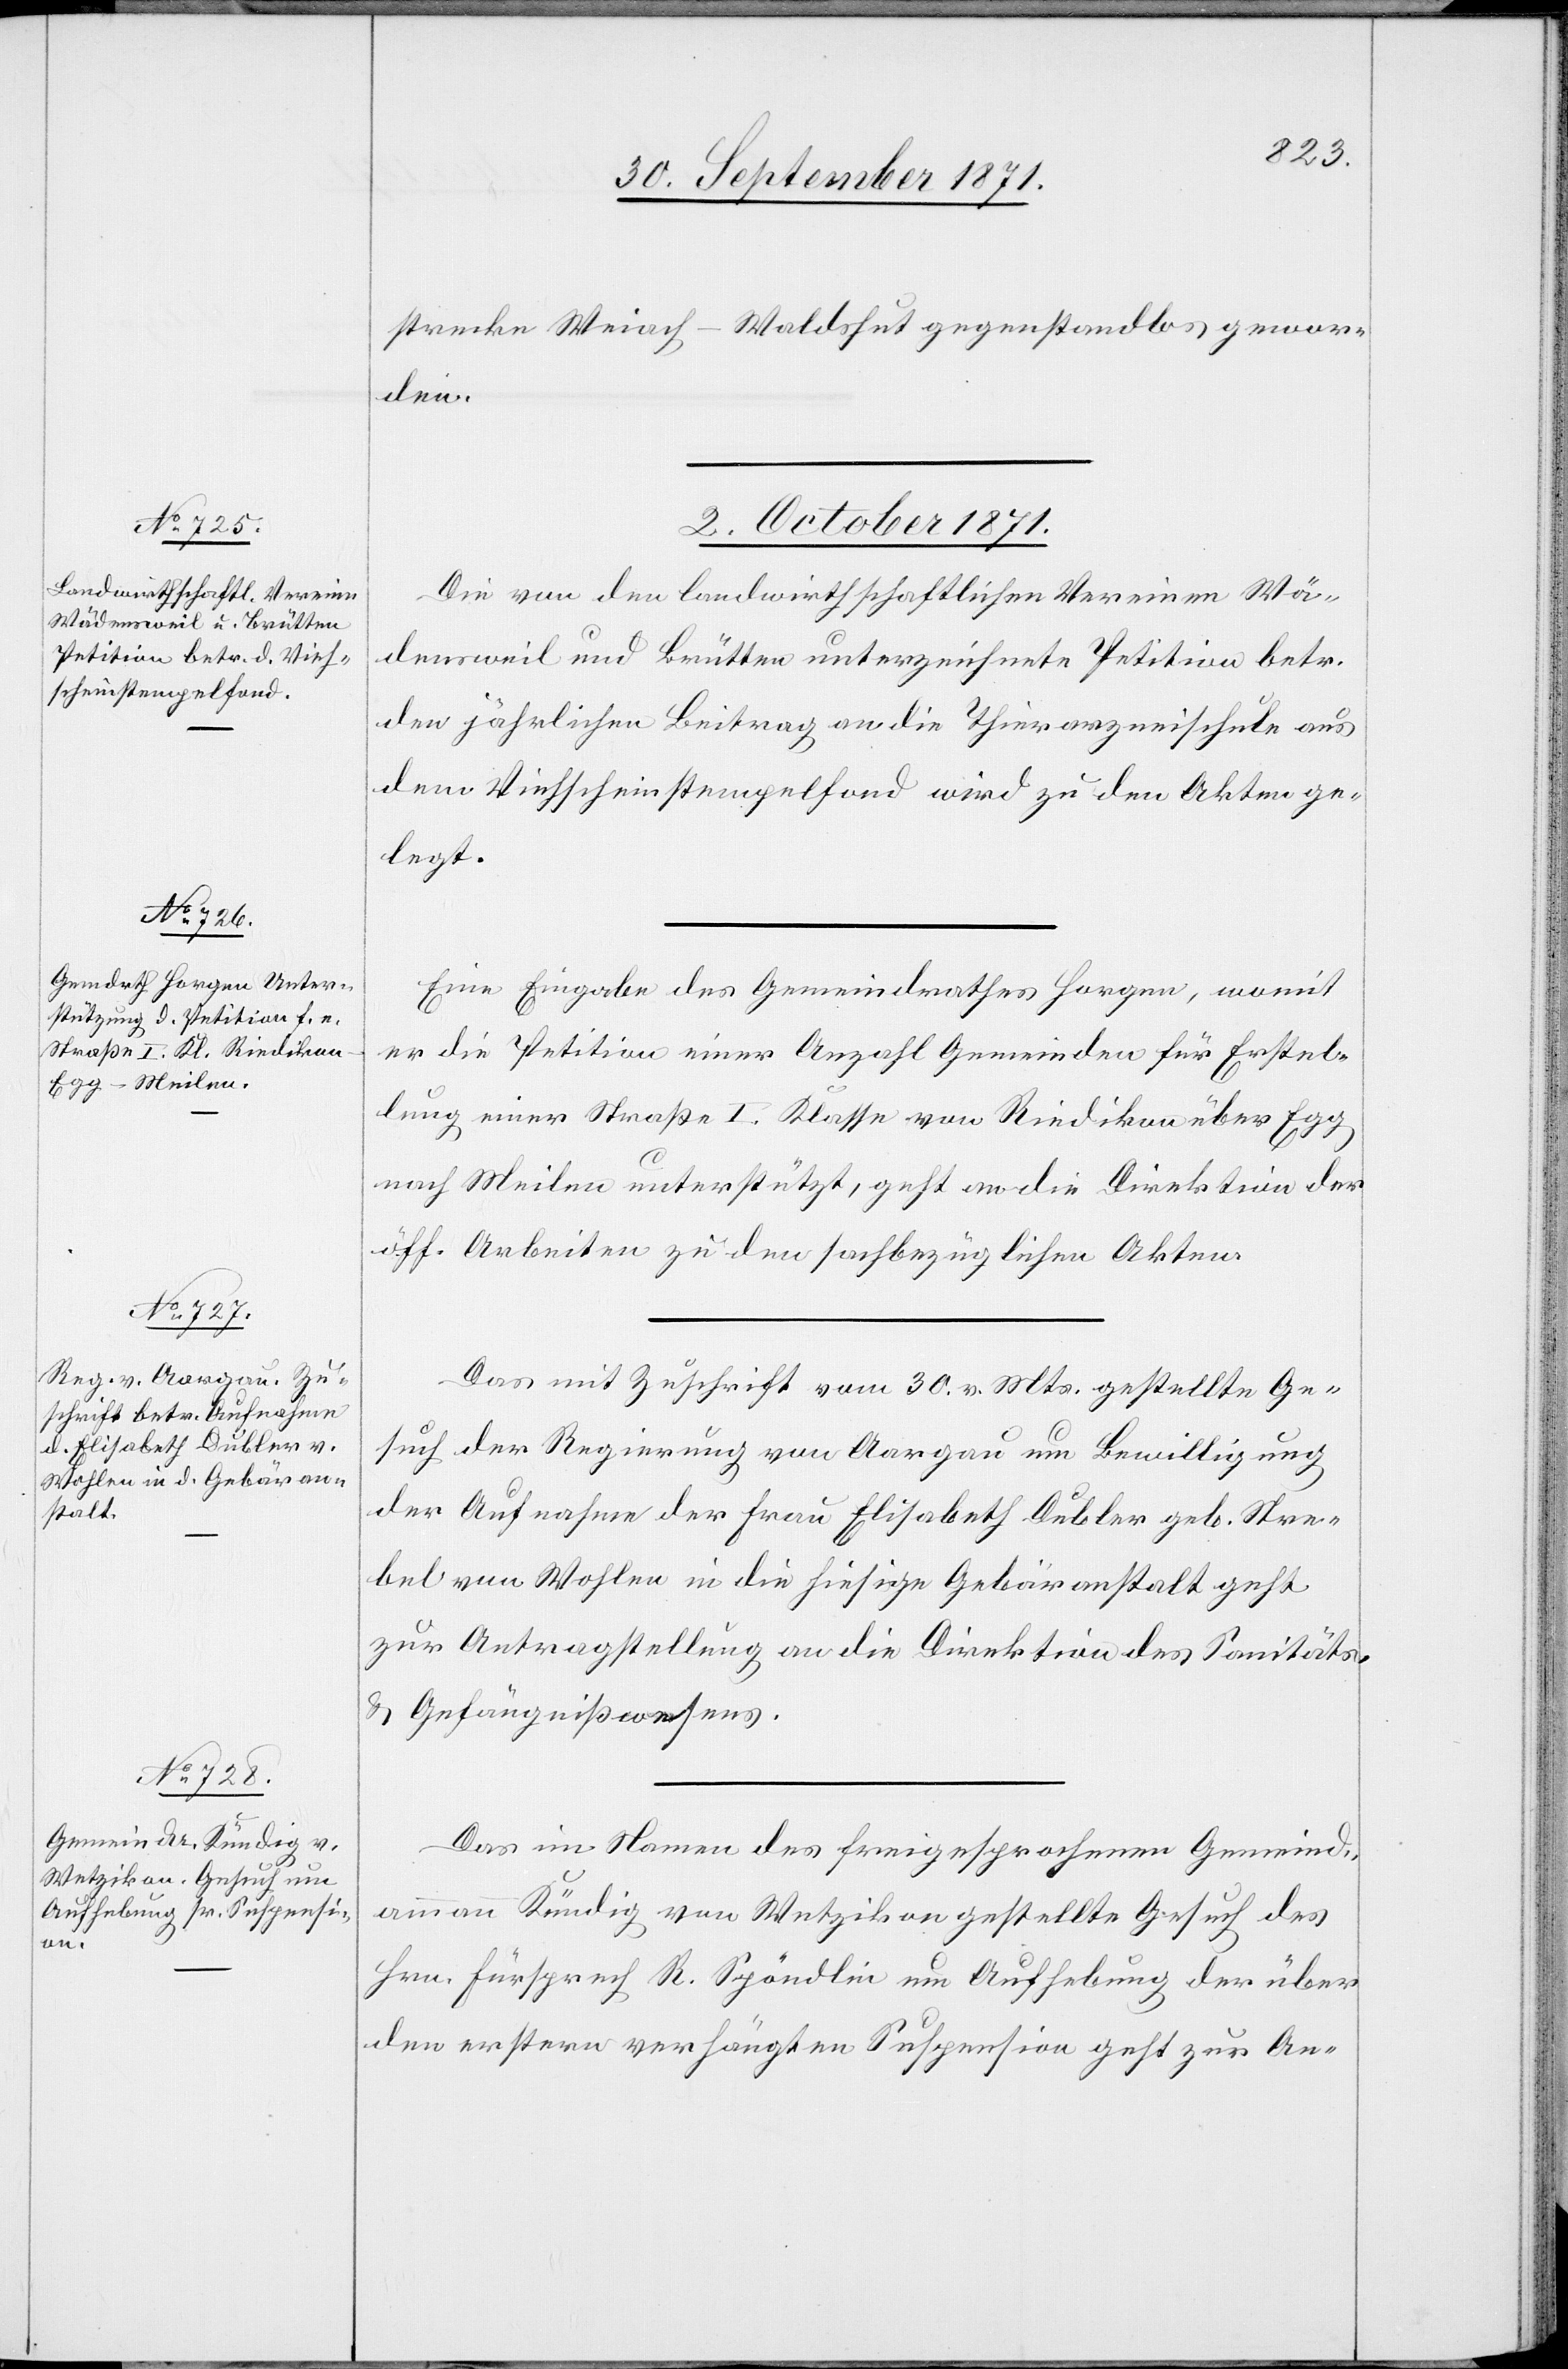
strecke Weiach–Waldshut gegenstandlos gewor¬
den.
2. October 1871.]
Die von den landwirthschaftlichen Vereinen Wä¬
densweil und Brütten unterzeichnete Petition betr.
den jährlichen Beitrag an die Thierarzneischule aus
dem Viehscheinstempelfond wird zu den Akten ge¬
legt.
Eine Eingabe des Gemeindrathes Horgen, womit
er die Petition einer Anzahl Gemeinden für Erstel¬
lung einer Straße I. Klasse von Riedikon über Egg
nach Meilen unterstützt, geht an die Direktion der
öff. Arbeiten zu den sachbezüglichen Akten.
Das mit Zuschrift vom 30. v. Mts. gestellte Ge¬
such der Regierung von Aargau um Bewilligung
der Aufnahme der Frau Elisabeth Dubler geb. Stre¬
bel von Wohlen in die hiesige Gebäranstalt geht
zur Antragstellung an die Direktion des Sanitäts-
& Gefängnißwesens.
Das im Namen des Freigesprochenen Gemeind¬
ammann Kündig von Wetzikon gestellte Gesuch des
Hrn. Fürsprech R. Spöndlin um Aufhebug der über
den erstern verhängten Suspension geht zur An-